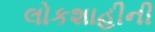
લોકશાહીની